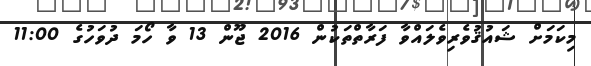
މިކަމަށް ޝައުޤުވެރިވެލައްވާ ފަރާތްތަކުން 2016 ޖޫން 13 ވާ ހޯމަ ދުވަހުގެ 11:00